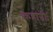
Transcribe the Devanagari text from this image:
कहानीः